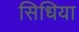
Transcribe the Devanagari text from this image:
सिधिया